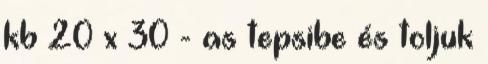
kb 20 x 30 - as tepsibe és toljuk